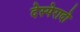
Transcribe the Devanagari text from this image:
देस्पेरादो